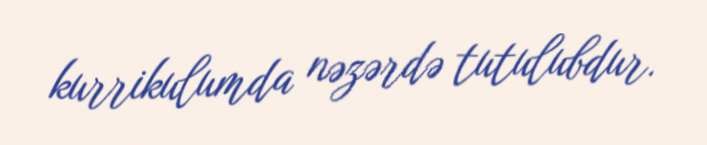
kurrikulumda nəzərdə tutulubdur.